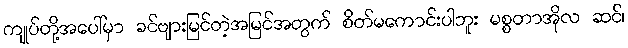
ကျုပ်တို့အပေါ်မှာ ခင်ဗျားမြင်တဲ့အမြင်အတွက် စိတ်မကောင်းပါဘူး မစ္စတာအိုလ ဆင်၊